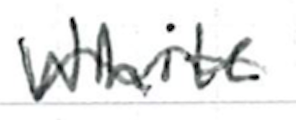
Text: white
Cross-out: wave
Writing tool: ballpoint